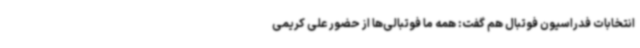
انتخابات فدراسیون فوتبال هم گفت: همه ما فوتبالی‌ها از حضور علی‌ کریمی